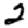
Digit: 2